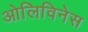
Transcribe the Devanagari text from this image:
ओलिविनेस